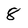
Character: 8